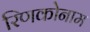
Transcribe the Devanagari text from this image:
रिणकोनाम